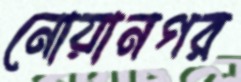
নোয়ানগর